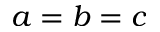
a = b = c